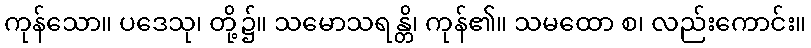
ကုန်သော။ ပဒေသု၊ တို့၌။ သမောသရန္တိ၊ ကုန်၏။ သမထော စ၊ လည်းကောင်း။